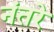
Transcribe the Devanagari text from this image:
नंतरे